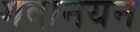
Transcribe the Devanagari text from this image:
गवानयन